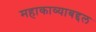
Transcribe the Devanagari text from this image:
महाकाव्याबद्दल